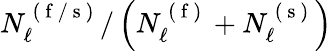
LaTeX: N_{\ell}^{\mathrm{~(~f~/~s~)~}}/\left(N_{\ell}^{\mathrm{~(~f~)~}}+N_{\ell}^{\mathrm{~(~s~)~}}\right)